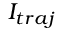
I _ { t r a j }